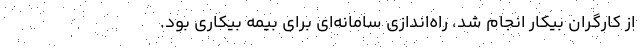
از کارگران بیکار انجام شد، راه‌اندازی سامانه‌ای برای بیمه بیکاری بود.